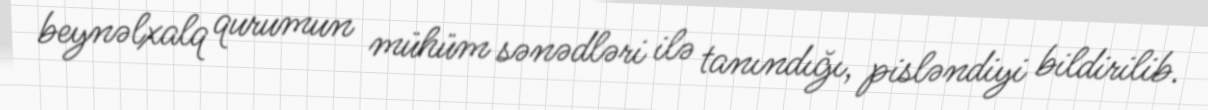
beynəlxalq qurumun mühüm sənədləri ilə tanındığı, pisləndiyi bildirilib.